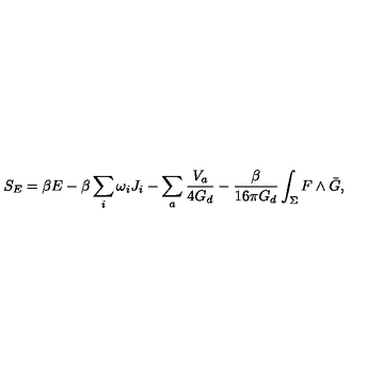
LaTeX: S _ { E } = \beta E - \beta \sum _ { i } \omega _ { i } J _ { i } - \sum _ { a } \frac { V _ { a } } { 4 G _ { d } } - \frac { \beta } { 1 6 \pi G _ { d } } \int _ { \Sigma } F \wedge \bar { G } ,